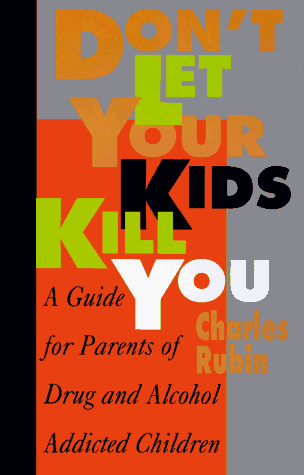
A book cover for Don't Let Your Kids Kill You: A Guide for Parents of Drug and Alcohol Addicted Children; Charles Rubin; Parenting & Relationships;